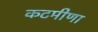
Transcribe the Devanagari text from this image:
कटमीणा